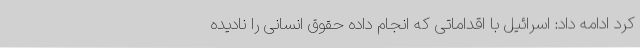
کرد ادامه داد: اسرائیل با اقداماتی که انجام داده حقوق انسانی را نادیده